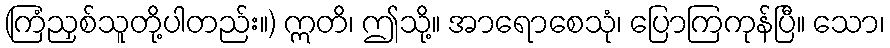
(ကြံညှစ်သူတို့ပါတည်း။) ဣတိ၊ ဤသို့။ အာရောစေသုံ၊ ပြောကြကုန်ပြီ။ သော၊